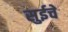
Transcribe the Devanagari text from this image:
सुईचे